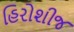
હિરોશીજ